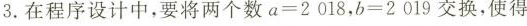
3. 在程序设计中，要将两个数$$a = 2 0 1 8$$，$$b = 2 0 1 9$$交换，使得